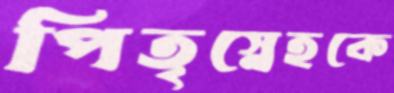
পিতৃস্নেহকে